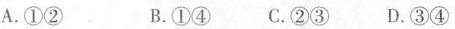
A.①② B.①④ C.②③D.③④